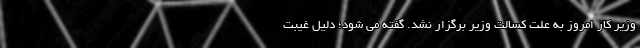
وزیر کار امروز به علت کسالت وزیر برگزار نشد. گفته می شود؛ دلیل غیبت